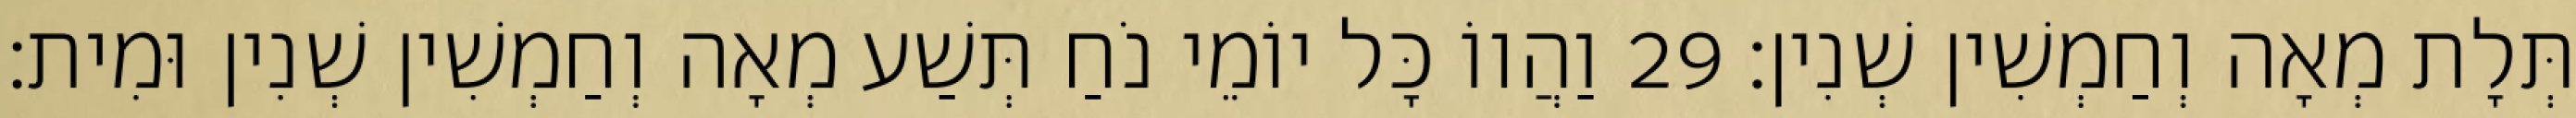
תְּלָת מְאָה וְחַמְשִׁין שְׁנִין׃ 29 וַהֲווֹ כָּל יוֹמֵי נֹחַ תְּשַׁע מְאָה וְחַמְשִׁין שְׁנִין וּמִית׃